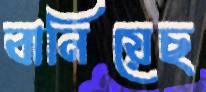
বানিয়েছ